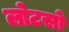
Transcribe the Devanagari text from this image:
लोटसों